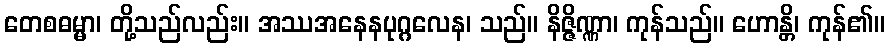
တေစဓမ္မာ၊ တို့သည်လည်း။ အဿအနေနပုဂ္ဂလေန၊ သည်။ နိဇ္ဇိဏ္ဏာ၊ ကုန်သည်။ ဟောန္တိ၊ ကုန်၏။